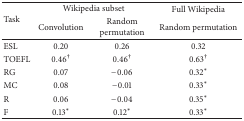
| <ROWSPAN=2> Task | <COLSPAN=2> Wikipedia subset | Full Wikipedia |
 | Convolution | Random permutation | Random permutation |
 | --- | --- | --- | --- |
 | ESL | 0.20 | 0.26 | 0.32 |
 | TOEFL | 0.46† | 0.46† | 0.63† |
 | RG | 0.07 | −0.06 | 0.32∗ |
 | MC | 0.08 | −0.01 | 0.33∗ |
 | R | 0.06 | −0.04 | 0.35∗ |
 | F | 0.13∗ | 0.12∗ | 0.33∗ |